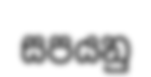
සපයනු